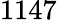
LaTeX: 1147